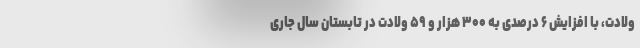
ولادت، با افزایش ۶ درصدی به ۳۰۰ هزار و ۵۹ ولادت در تابستان سال جاری